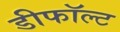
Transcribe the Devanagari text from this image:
डीफॉल्ट